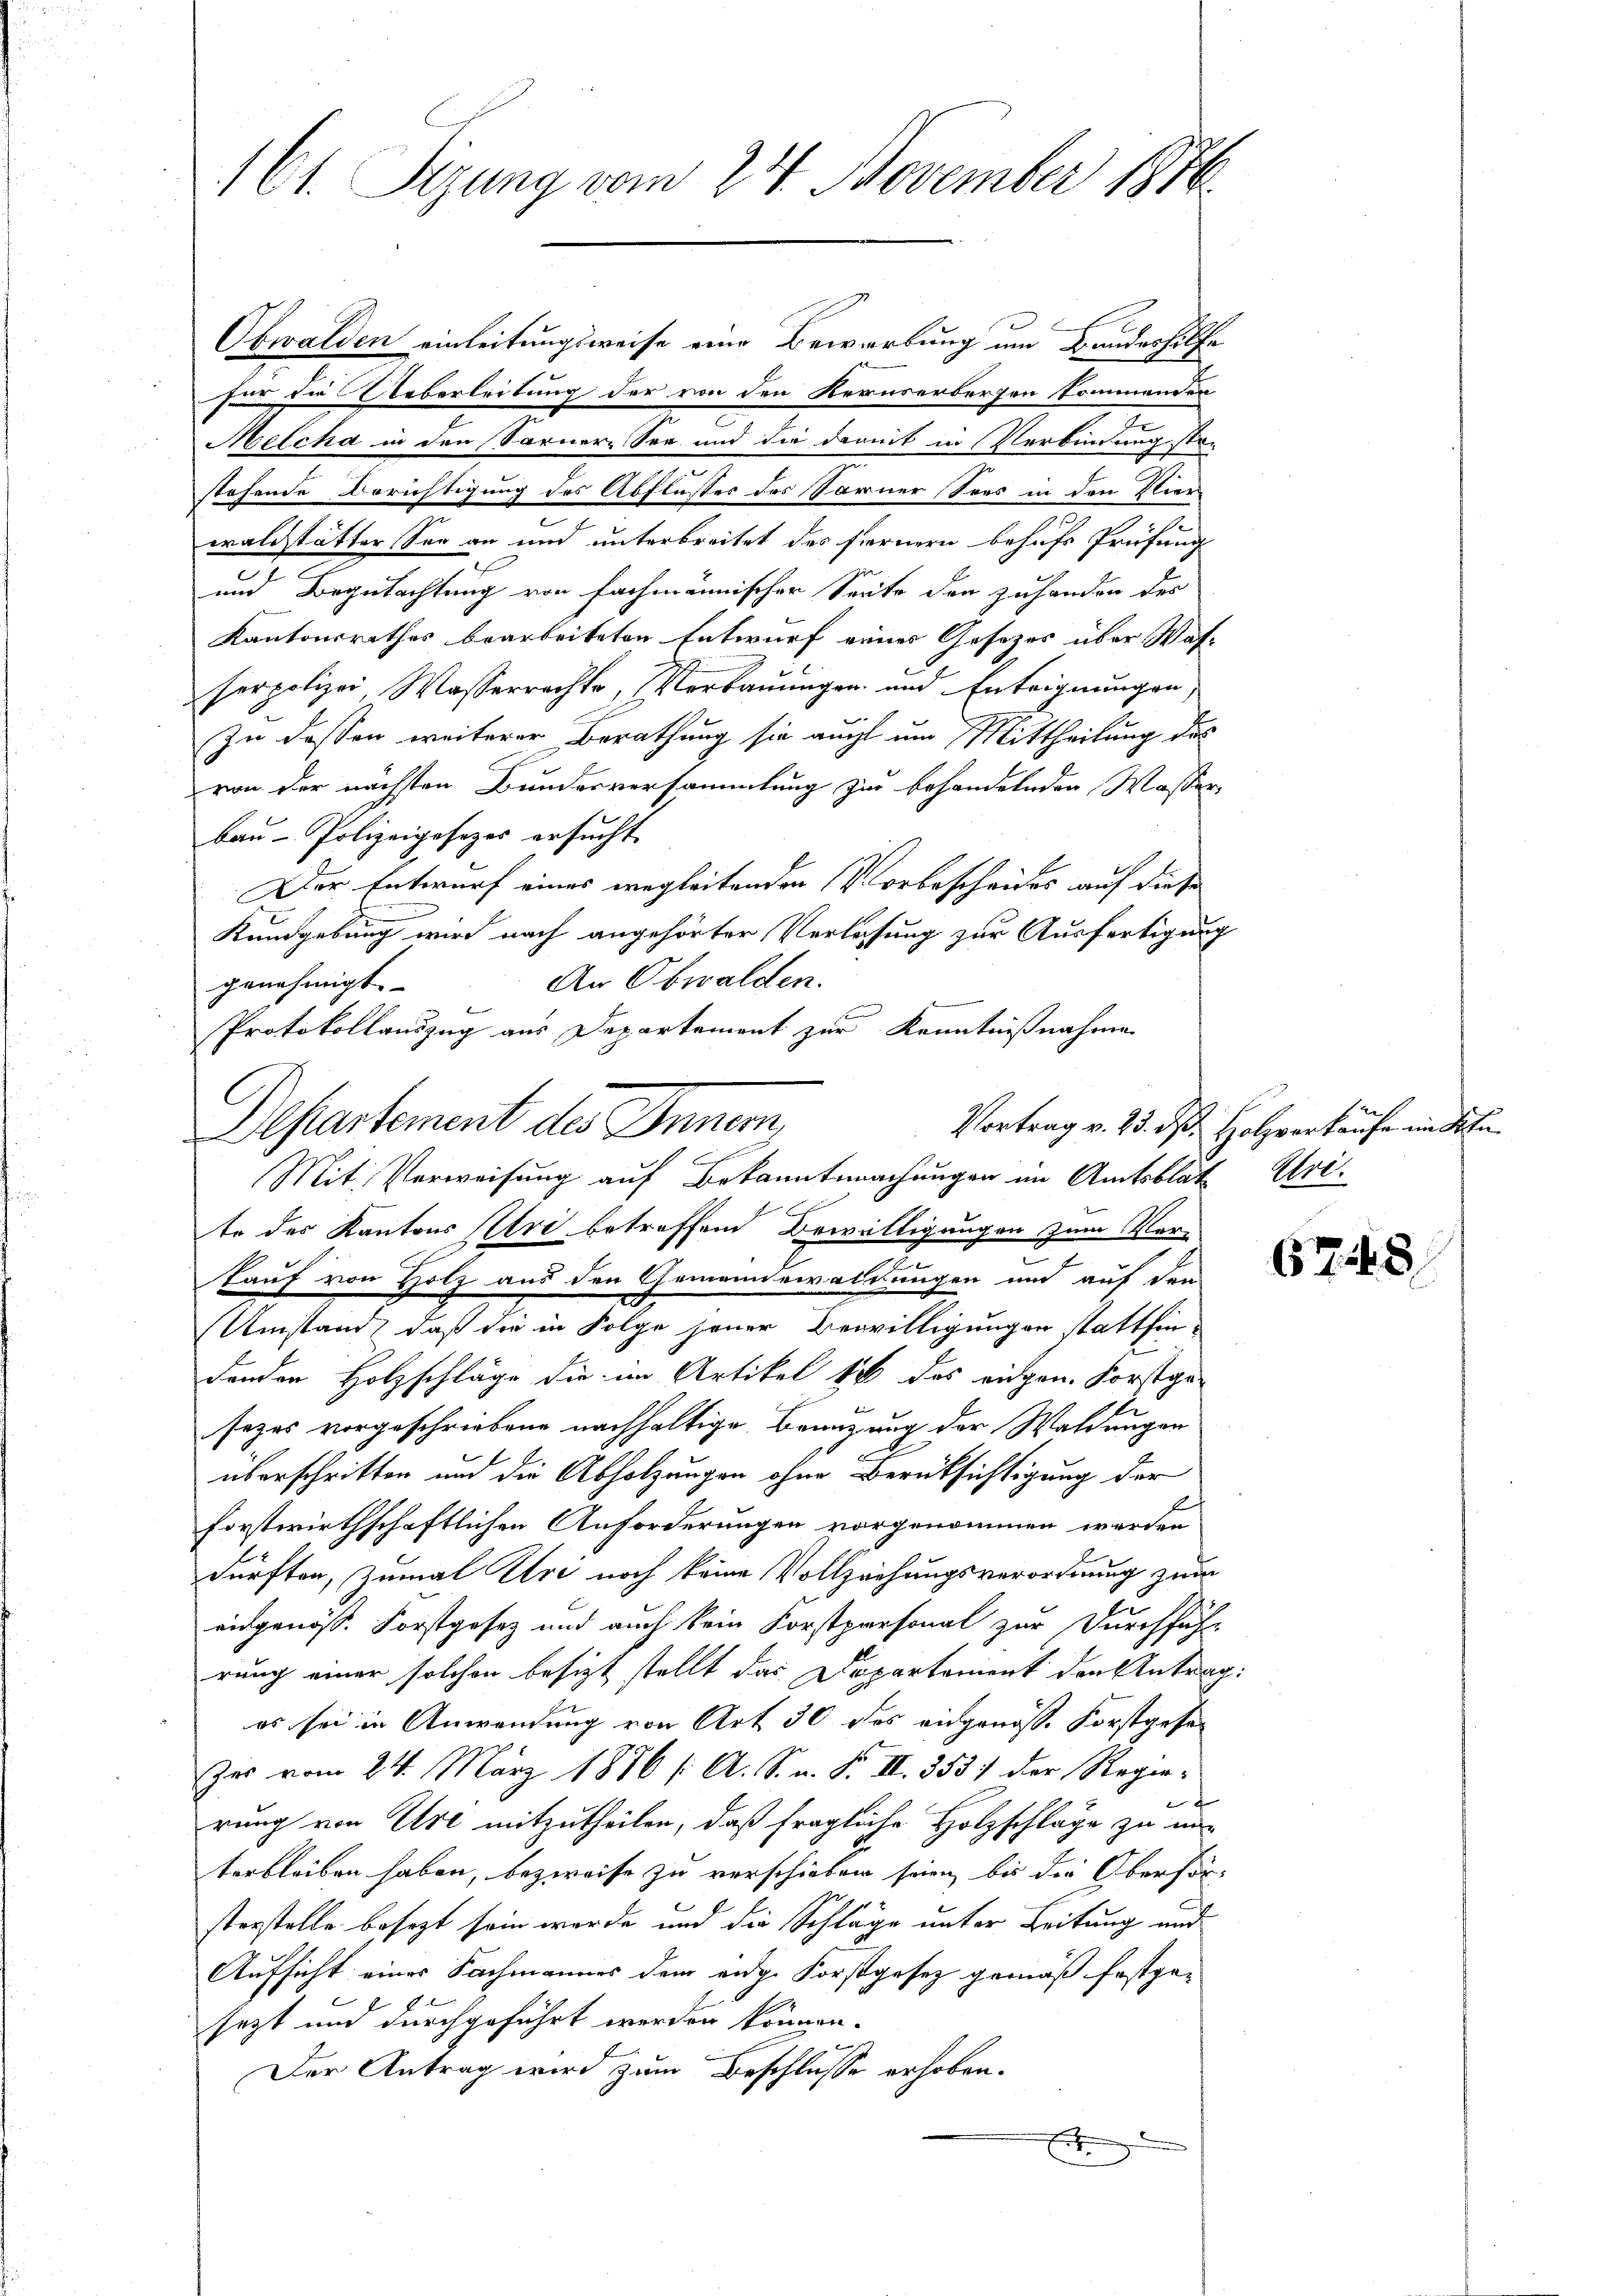
161. Sizung vom 24. November 1876.

Obwalden einleitungsweise eine Bewerbung um Bandeshilfe
für zu Ueberleitung der von den Kernerbergen kommenden
Melche in den Sarner-See und die damit in Verbindung ste-
stehende Berichtigung des Abflusses des Sarner Sees in den Vier-
waldstätter Sag an und unterbreitet des fernern behufs Prüfung
und Begutachtung von fachmännischer Seite den zuhanden des
Kantonsrathes bearbeiteten Entwurf eines Gesetzes über Was-
serpolizei Wasserrechte, Verbauungen und Enteignungen,
Zu dessen weiterer Berathung sie aucht um Mittheilung des
von der nächsten Bundesversammlung zur behandelnden Wasser,
bau-Polizeigesezes ersucht
Der Entwurf eines wegleitenden Vorbescheides auf diese
Kundgebung wird nach angehörter Verlesung zur Ausfertigung
An Obwalden.
genehmigt.
Protokollauszug aus Departement zur Kenntnißnahme
Departement des Innern,
te des Kantons Uri betreffend Bewilligungen zum Verkauf von Holz aus den Gemeindewaldungen und auf den
Umstand, daß die in Folge jener Bewilligungen stattfindenden Holzschläge die im Artikel 16 des eidgen. Forstge-
sezes vorgeschriebene nachhaltige Branzung der Waldungen
e
überschritten und die Abholzungen ohne Berüksichtigung der
forstwirthschaftlichen Anforderungen vorgenommen werden
dürften, zumal Uri noch keine Vollziehungsverordnung zum
eidgenöss. Forstgesetz und auch kein Forstpersonal zur Durchführ-
rung einer solchen besitzt stellt das Departement den Antrag:
es sei in Anwendung von Art 30 das eidgenosse Forstgese
zes vom 24. März 1876 /: A. S. n. F. II. 353) der Regie-
b
rung von Ure mitzutheilen, daß fragliche Holzschläge zu unterbleiben haben, bezweife zu verschieben seien bis die Oberförsterstelle besezt sein wurde und die Schläge unter Leitung und
Aufsicht eines Fachmannes dem eidg. Forstgesetz gemäß festgesezt und durchgeführt werden können.
Der Antrag wird zum Beschlusse erhoben.
7

C

Mit Verweisung auf Bekanntmachungen im Amtsblat Eri

Vortrag v. 23. ds. Holzverkaufe im St

67

r